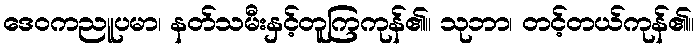
ဒေဝကညူပမာ၊ နတ်သမီးနှင့်တူကြကုန်၏။ သုဘာ၊ တင့်တယ်ကုန်၏။